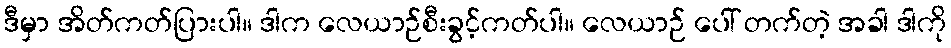
ဒီမှာ အိတ်ကတ်ပြားပါ။ ဒါက လေယာဉ်စီးခွင့်ကတ်ပါ။ လေယာဉ် ပေါ် တက်တဲ့ အခါ ဒါကို